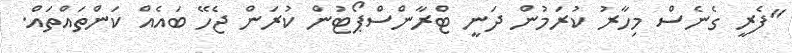
"ފެރީ ގެނެސް މިހާރު ކުރަމުން ދަނީ ޓްރާންސްޕޯޓުން ކުރަން ޖެހޭ ބައެއް ކަންތައްތައް.